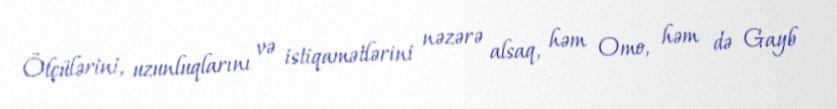
Ölçülərini, uzunluqlarını və istiqamətlərini nəzərə alsaq, həm Omo, həm də Gayb